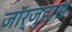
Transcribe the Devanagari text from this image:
जॉर्जुडास